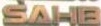
SAHE